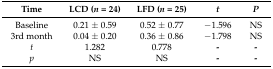
| Time | LCD (n = 24) | LFD (n = 25) | t | P |
 | --- | --- | --- | --- | --- |
 | Baseline | 0.21 ± 0.59 | 0.52 ± 0.77 | −1.596 | NS |
 | 3rd month | 0.04 ± 0.20 | 0.36 ± 0.86 | −1.798 | NS |
 | t | 1.282 | 0.778 | - | - |
 | p | NS | NS | - | - |